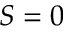
S = 0